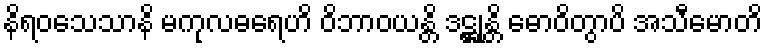
နိရဝသေသာနိ မကုလဓရေဟိ ဝိဘာဝယန္တိ ဒဋ္ဌုန္တိ ဓောဝိတွာပိ အသီမောတိ